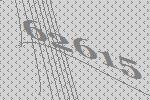
62615